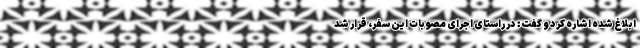
ابلاغ شده اشاره کرد و گفت: در راستای اجرای مصوبات این سفر، قرار شد